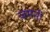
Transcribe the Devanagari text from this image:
ज़मनी